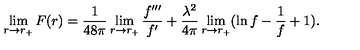
\lim _ { r \to r _ { + } } F ( r ) = { \frac { 1 } { 4 8 \pi } } \lim _ { r \to r _ { + } } { \frac { f ^ { \prime \prime \prime } } { f ^ { \prime } } } + { \frac { \lambda ^ { 2 } } { 4 \pi } } \lim _ { r \to r _ { + } } ( \ln f - { \frac { 1 } { f } } + 1 ) .